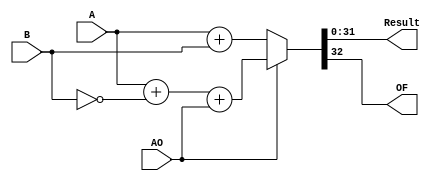
//?????????????????????????????????????

// provide results of sum and subtracting 
// operates with numbers in 2's complement ("additional code")
// AO - arithmetic operation: (0 = add), (1 = subtraction)
// OF - OverFlow. If only 1 of the 2 last carry bits equal "1" => OF = 1
// if (AO) B = -B
module Adder	(
     input		[31:0]	A, B,
		 input			AO,
		 output	reg	[31:0] 	Result,
		 output reg		OF);

		 reg [32:0] internal;

	always @(*) begin
		if (AO) internal = A + ~B + AO;
		else	internal = A + B;		
		
		Result = internal [31:0];
	
		OF = internal [32];// XOR 2 last carry bits
	end
endmodule